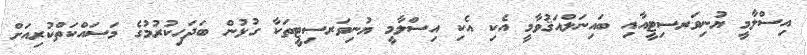
އިސްލާމީ ޔުނިވަރސިޓީއާއި ބައިނަލްއަޤުވާމީ އެކި އެކި އިސްލާމީ ޔުނިވަރސިޓީތަކާ ގުޅުން ބަދަހިކުރުމުގެ މަސައްކަތްކުރިއަށް